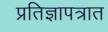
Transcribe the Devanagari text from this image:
प्रतिज्ञापत्रात